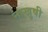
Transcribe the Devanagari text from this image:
नाखुषी